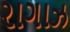
રાગાઝ